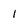
Character: 1